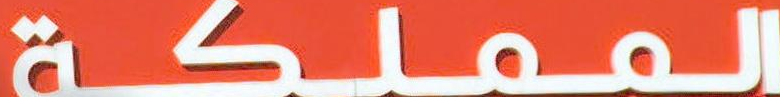
المملكة